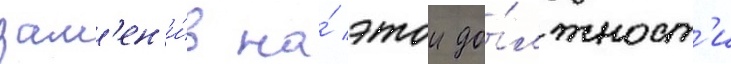
зам'ен'и́в на́ этои до́лжност'и